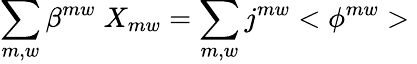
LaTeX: \sum_{m,w}\beta^{mw}\; X_{mw}=\sum_{m,w}j^{mw}<\phi^{mw}>\;